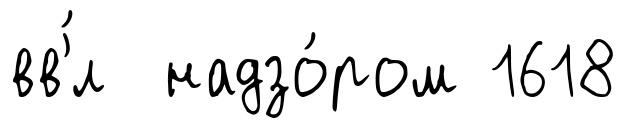
вв'́л надзо́ром 1618